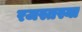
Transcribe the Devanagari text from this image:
रजस्तस्या